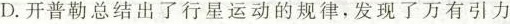
D.开普勒总结出了行星运动的规律，发现了万有引力